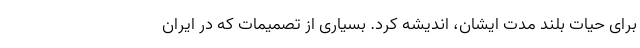
برای حیات بلند مدت ایشان، اندیشه کرد. بسیاری از تصمیمات که در ایران